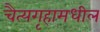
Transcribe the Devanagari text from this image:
चैत्यगृहामधील